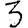
Digit: 3